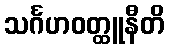
သင်္ဂဟဝတ္ထူနီတိ